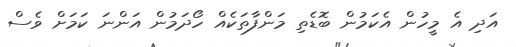
އަދި އެ މީހުން އެކަމުން ބޮޑެތި މަންފާތަކެއް ހޯދަމުން އަންނަ ކަމަށް ވެސް